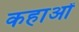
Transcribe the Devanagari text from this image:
कहाओं